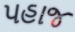
પહાજ